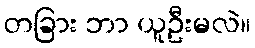
တခြား ဘာ ယူဦးမလဲ။